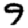
Digit: 9